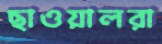
ছাওয়ালরা